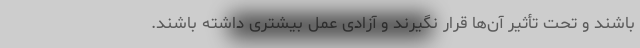
باشند و تحت تأثیر آن‌ها قرار نگیرند و آزادی عمل بیشتری داشته باشند.